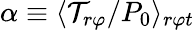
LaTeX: \alpha\equiv\langle\mathcal{T}_{r\varphi}/P_{0}\rangle_{r\varphi t}